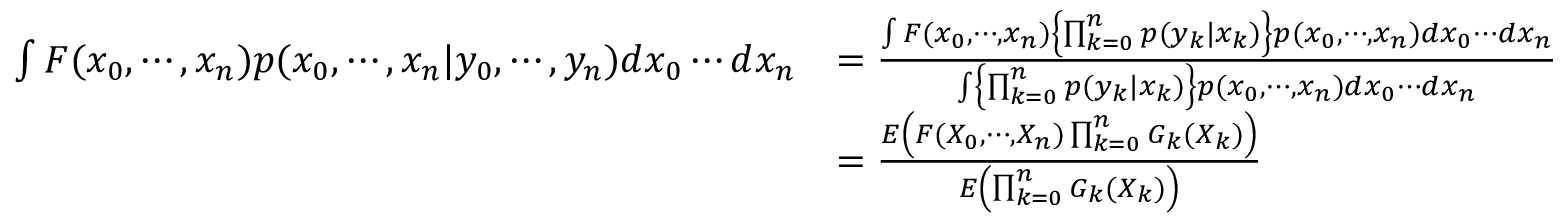
{ \begin{array} { r l } { \int F ( x _ { 0 } , \cdots , x _ { n } ) p ( x _ { 0 } , \cdots , x _ { n } | y _ { 0 } , \cdots , y _ { n } ) d x _ { 0 } \cdots d x _ { n } } & { = { \frac { \int F ( x _ { 0 } , \cdots , x _ { n } ) \left\{ \prod _ { k = 0 } ^ { n } p ( y _ { k } | x _ { k } ) \right\} p ( x _ { 0 } , \cdots , x _ { n } ) d x _ { 0 } \cdots d x _ { n } } { \int \left\{ \prod _ { k = 0 } ^ { n } p ( y _ { k } | x _ { k } ) \right\} p ( x _ { 0 } , \cdots , x _ { n } ) d x _ { 0 } \cdots d x _ { n } } } } \\ & { = { \frac { E \left( F ( X _ { 0 } , \cdots , X _ { n } ) \prod _ { k = 0 } ^ { n } G _ { k } ( X _ { k } ) \right) } { E \left( \prod _ { k = 0 } ^ { n } G _ { k } ( X _ { k } ) \right) } } } \end{array} }